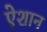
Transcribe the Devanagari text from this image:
ऐशान